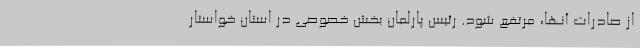
از صادرات آنها، مرتفع شود. رئیس پارلمان بخش خصوصی در استان خواستار